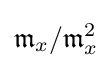
{\mathfrak {m}}_{x}/{\mathfrak {m}}_{x}^{2}